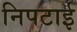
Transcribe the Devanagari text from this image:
निपटाई